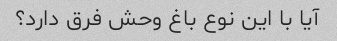
آیا با این نوع باغ وحش فرق دارد؟